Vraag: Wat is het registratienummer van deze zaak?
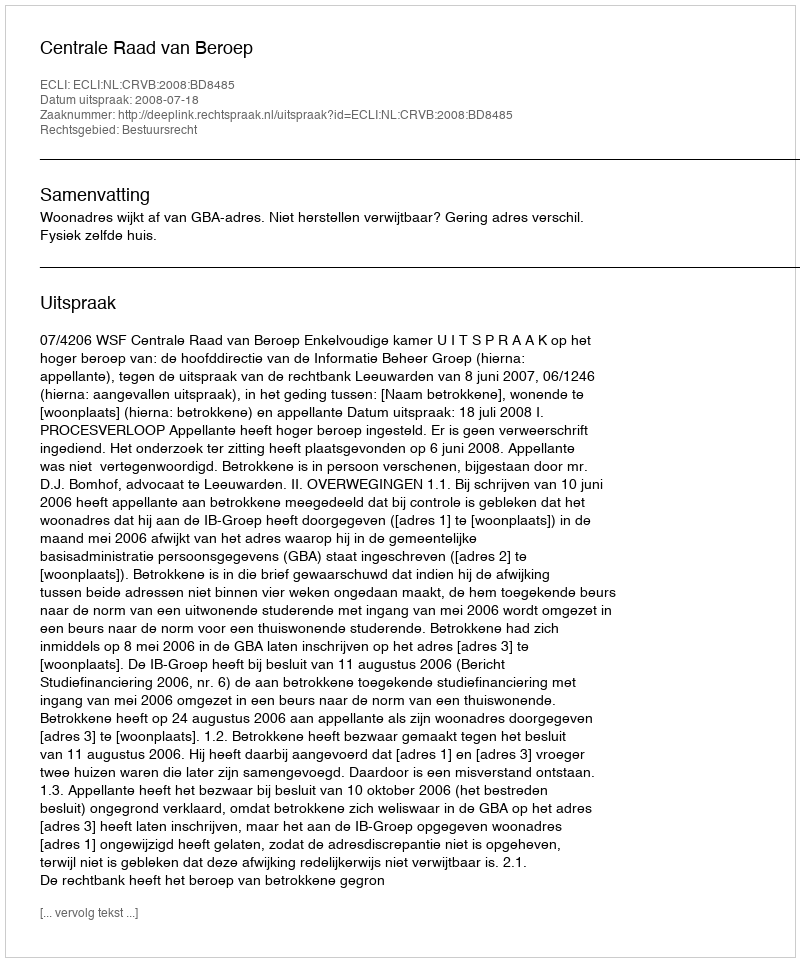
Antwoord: http://deeplink.rechtspraak.nl/uitspraak?id=ECLI:NL:CRVB:2008:BD8485